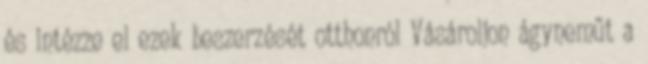
és intézze el ezek beszerzését otthonról Vásároljon ágyneműt a